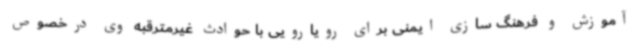
آموزش و فرهنگ سازی ایمنی برای رویارویی با حوادث غیرمترقبه وی درخصوص